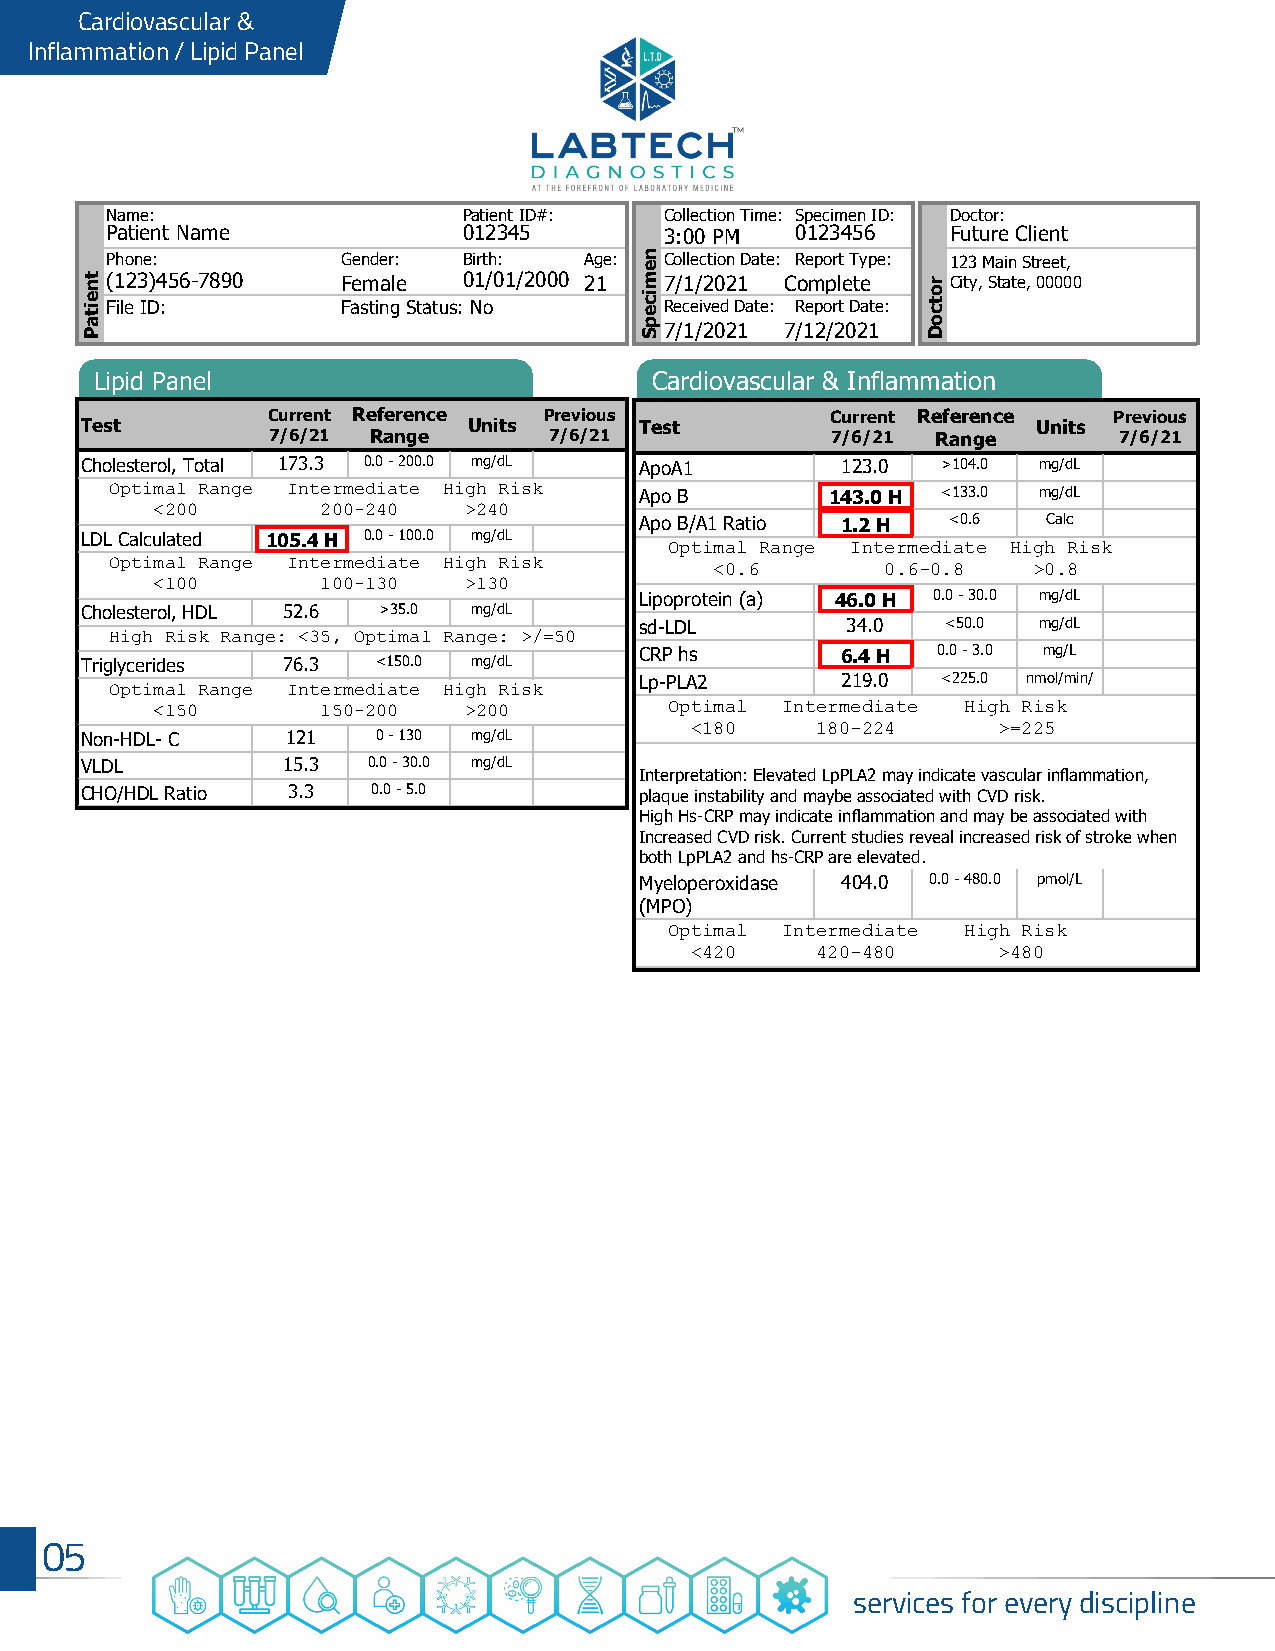
Cardiovascular &
 Inflammation / Lipid Panel
 Name:                   Patient ID#: Collection Time: Specimen ID: Doctor:
 Patient Name            012345       3:00 PM  0123456   Future Client
 Phone:          Gender: Birth:  Age: Collection Date: Report Type: 123 Main Street,
 (123)456-7890   Female  01/01/2000 21 7/1/2021 Complete City, State, 00000
 File ID:        Fasting Status: No   Received Date: Report Date:
 7/1/2021 7/12/2021
 Lipid Panel                          Cardiovascular & Inflammation
 Current Reference Previous           Current Reference  Previous
 Test                      Units      Test                       Units
 7/6/21 Range      7/6/21             7/6/21 Range       7/6/21
 Cholesterol, Total 173.3 0.0 - 200.0 mg/dL ApoA1   123.0 >104.0 mg/dL
 Optimal Range Intermediate High Risk Apo B      143.0 H <133.0 mg/dL
 <200       200-240   >240
 Apo B/A1 Ratio 1.2 H <0.6  Calc
 LDL Calculated 105.4 H 0.0 - 100.0 mg/dL
 Optimal Range Intermediate High Risk
 Optimal Range Intermediate High Risk
 <0.6        0.6-0.8  >0.8
 <100       100-130   >130
 Lipoprotein (a) 46.0 H 0.0 - 30.0 mg/dL
 Cholesterol, HDL 52.6 >35.0 mg/dL
 sd-LDL        34.0   <50.0 mg/dL
 High Risk Range: <35, Optimal Range: >/=50
 Triglycerides 76.3  <150.0 mg/dL     CRP hs        6.4 H 0.0 - 3.0 mg/L
 Lp-PLA2       219.0 <225.0 nmol/min/
 Optimal Range Intermediate High Risk
 <150       150-200   >200         Optimal Intermediate High Risk
 Non-HDL- C    121   0 - 130 mg/dL        <180    180-224     >=225
 VLDL          15.3 0.0 - 30.0 mg/dL
 Interpretation: Elevated LpPLA2 may indicate vascular inflammation,
 CHO/HDL Ratio 3.3   0.0 - 5.0        plaque instability and maybe associated with CVD risk.
 High Hs-CRP may indicate inflammation and may be associated with
 Increased CVD risk. Current studies reveal increased risk of stroke when
 both LpPLA2 and hs-CRP are elevated.
 Myeloperoxidase 404.0 0.0 - 480.0 pmol/L
 (MPO)
 Optimal Intermediate High Risk
 <420    420-480     >480
 05
 services for every discipline
 tneitaP
 nemicepS
 rotcoD